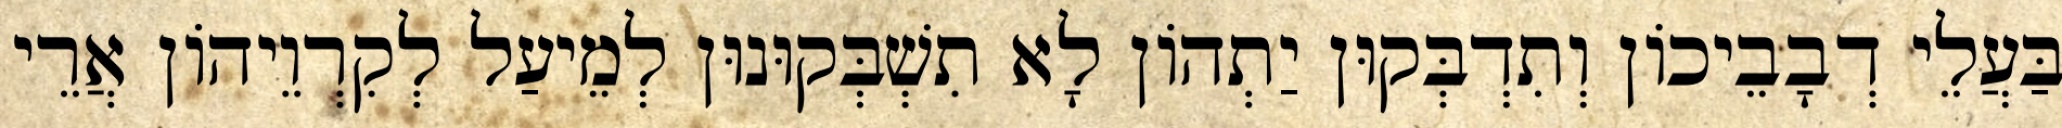
בַּעֲלֵי דְבָבֵיכוֹן וְתִדְבְּקוּן יַתְהוֹן לָא תִשְׁבְּקוּנוּן לְמֵיעַל לְקִרְוֵיהוֹן אֲרֵי